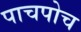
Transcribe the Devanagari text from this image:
पाचपोच